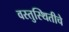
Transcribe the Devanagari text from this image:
वस्तुस्थितीचे